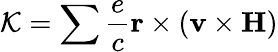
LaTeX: \mathcal{K}=\sum\frac{e}{c}\textbf{r}\times(\textbf{v}\times\textbf{H})